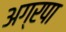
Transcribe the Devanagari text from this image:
अग्रपा